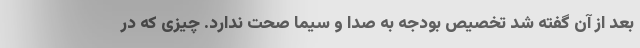
بعد از آن گفته شد تخصیص بودجه به صدا و سیما صحت ندارد. چیزی که در